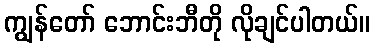
ကျွန်တော် ဘောင်းဘီတို လိုချင်ပါတယ်။